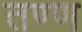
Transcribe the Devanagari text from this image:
तण्ण